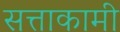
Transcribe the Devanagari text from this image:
सत्ताकामी